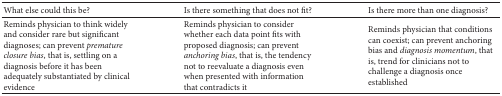
| What else could this be? | Is there something that does not fit? | Is there more than one diagnosis? |
 | --- | --- | --- |
 | Reminds physician to think widely and consider rare but significant diagnoses; can prevent premature closure bias, that is, settling on a diagnosis before it has been adequately substantiated by clinical evidence | Reminds physician to consider whether each data point fits with proposed diagnosis; can prevent anchoring bias, that is, the tendency not to reevaluate a diagnosis even when presented with information that contradicts it | Reminds physician that conditions can coexist; can prevent anchoring bias and diagnosis momentum, that is, trend for clinicians not to challenge a diagnosis once established |